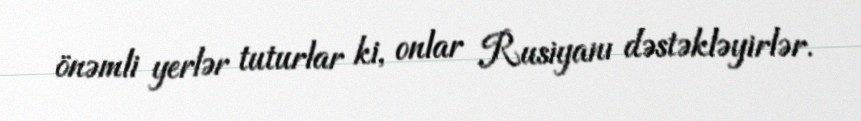
önəmli yerlər tuturlar ki, onlar Rusiyanı dəstəkləyirlər.